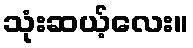
သုံးဆယ့်လေး။